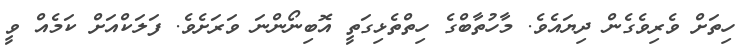
ހިތަށް ވެރިވެގެން ދިޔައެވެ. މާހުތާބްގެ ހިތްތެޅިގަތީ އޮބިނޯންނަ ވަރަށެވެ. ފަލަކްއަށް ކަމެއް ވީ